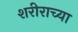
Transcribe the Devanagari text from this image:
शरीराच्या